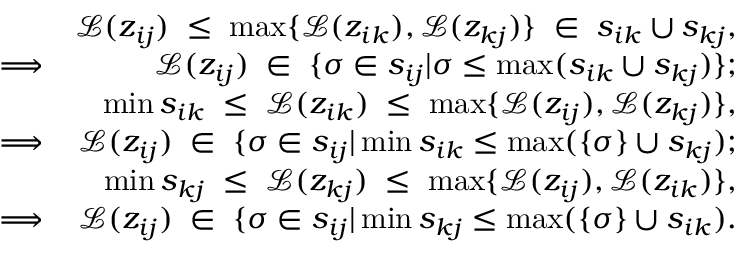
\begin{array} { r l r } & { } & { \mathscr { L } ( z _ { i j } ) \; \le \; \operatorname* { m a x } \{ \mathscr { L } ( z _ { i k } ) , \mathscr { L } ( z _ { k j } ) \} \; \in \; s _ { i k } \cup s _ { k j } , } \\ & { \Longrightarrow } & { \mathscr { L } ( z _ { i j } ) \; \in \; \{ \sigma \in s _ { i j } | \sigma \leq \operatorname* { m a x } ( s _ { i k } \cup s _ { k j } ) \} ; } \\ & { } & { \operatorname* { m i n } s _ { i k } \; \le \; \mathscr { L } ( z _ { i k } ) \; \le \; \operatorname* { m a x } \{ \mathscr { L } ( z _ { i j } ) , \mathscr { L } ( z _ { k j } ) \} , } \\ & { \Longrightarrow } & { \mathscr { L } ( z _ { i j } ) \; \in \; \{ \sigma \in s _ { i j } | \operatorname* { m i n } s _ { i k } \le \operatorname* { m a x } ( \{ \sigma \} \cup s _ { k j } ) ; } \\ & { } & { \operatorname* { m i n } s _ { k j } \; \le \; \mathscr { L } ( z _ { k j } ) \; \le \; \operatorname* { m a x } \{ \mathscr { L } ( z _ { i j } ) , \mathscr { L } ( z _ { i k } ) \} , } \\ & { \Longrightarrow } & { \mathscr { L } ( z _ { i j } ) \; \in \; \{ \sigma \in s _ { i j } | \operatorname* { m i n } s _ { k j } \le \operatorname* { m a x } ( \{ \sigma \} \cup s _ { i k } ) . } \end{array}